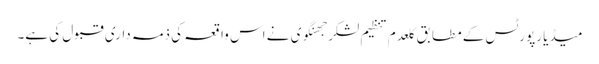
میڈیا رپورٹس کے مطابق کلعدم تنظیم لشکر جھنگوی نے اس واقعہ کی ذمہ داری قبول کی ہے۔